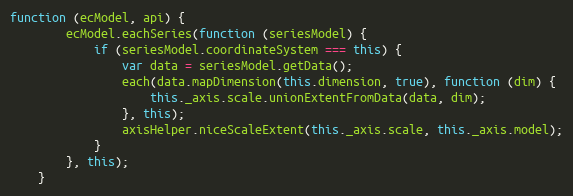
Language: JavaScript
function (ecModel, api) {
        ecModel.eachSeries(function (seriesModel) {
            if (seriesModel.coordinateSystem === this) {
                var data = seriesModel.getData();
                each(data.mapDimension(this.dimension, true), function (dim) {
                    this._axis.scale.unionExtentFromData(data, dim);
                }, this);
                axisHelper.niceScaleExtent(this._axis.scale, this._axis.model);
            }
        }, this);
    }